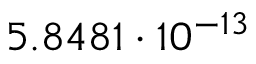
5 . 8 4 8 1 \cdot 1 0 ^ { - 1 3 }